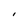
Character: I